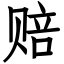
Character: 赔